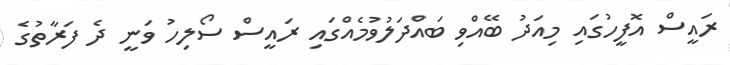
ރައީސް އޮފީހުގައި މިއަދު ބޭއްވި ބައްދަލުވުމެއްގައި ރައީސް ސޯލިހު ވަނީ ދެ ފަރާތުގެ